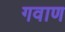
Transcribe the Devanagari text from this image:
गवाण